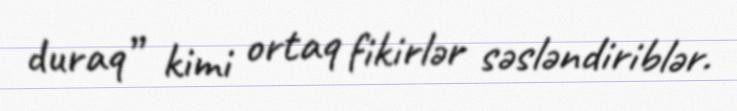
duraq” kimi ortaq fikirlər səsləndiriblər.